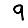
Digit: 9